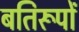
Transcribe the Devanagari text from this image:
बतिरूपों